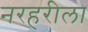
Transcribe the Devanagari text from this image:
नरहरीला